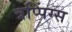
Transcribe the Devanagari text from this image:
त्रप्पिंग्स